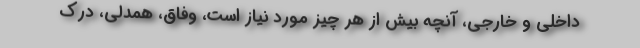
داخلی و خارجی، آنچه بیش از هر چیز مورد نیاز است، وفاق، همدلی، درک